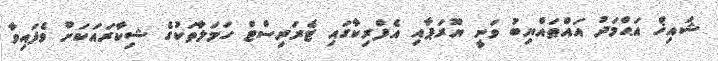
ޝައިޚް އަޙްމަދު އައްޠައްޔިބު ވަނީ ޔޫރަޕާއި އެފްރިކާގައި ޓެރަރިސްޓް ހަމަލާތަކުގެ ޝިކާރައަކަށް ވެފައިވާ